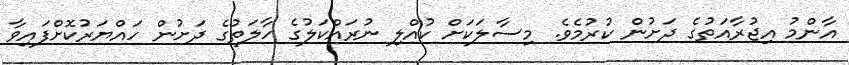
އާންމު އިޖުރާއަތުގެ ދަށުން ކުރުމެވެ. މިސާލަކަށް ކުއްލި ނުރައްކަލުގެ ހާލަތުގެ ދަށުން ހައްޔަރުކޮށްފައިވާ